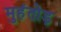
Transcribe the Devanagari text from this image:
मुहंतोड़